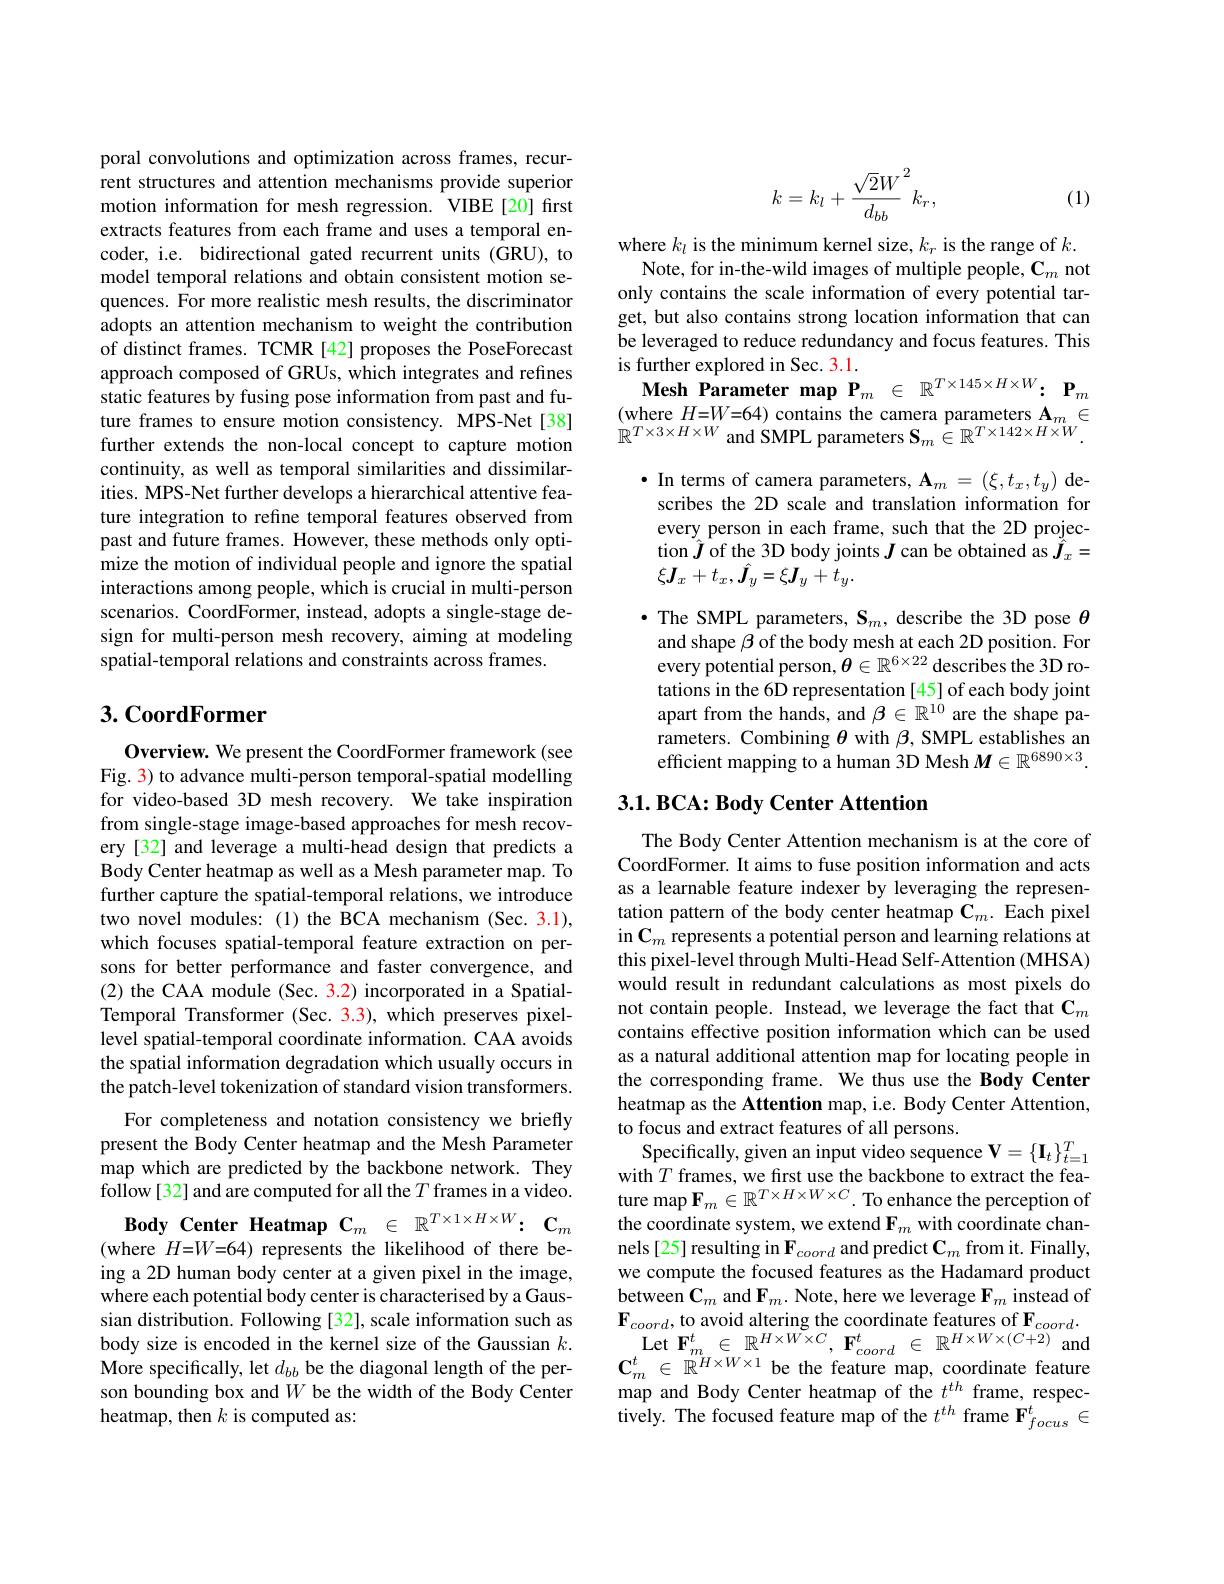
poral convolutions and optimization across frames, recurrent structures and attention mechanisms provide superior motion information for mesh regression. VIBE[20] first extracts features from each frame and uses a temporal encoder, i.e. bidirectional gated recurrent units (GRU), to model temporal relations and obtain consistent motion sequences. For more realistic mesh results, the discriminator adopts an attention mechanism to weight the contribution of distinct frames. TCMR [42] proposes the PoseForecast approach composed of GRUs, which integrates and refines static features by fusing pose information from past and future frames to ensure motion consistency. MPS-Net[38] further extends the non-local concept to capture motion continuity, as well as temporal similarities and dissimilarities. MPS-Net further develops a hierarchical attentive feature integration to refine temporal features observed from past and future frames. However, these methods only optimize the motion of individual people and ignore the spatial interactions among people, which is crucial in multi-person scenarios. CoordFormer, instead, adopts a single-stage design for multi-person mesh recovery, aiming at modeling spatial-temporal relations and constraints across frames.

## 3. CoordFormer

Overview. We present the CoordFormer framework (see Fig. 3) to advance multi-person temporal-spatial modelling for video-based 3D mesh recovery. We take inspiration from single-stage image-based approaches for mesh recovery [32] and leverage a multi-head design that predicts a Body Center heatmap as well as a Mesh parameter map. To further capture the spatial-temporal relations, we introduce two novel modules: (1) the BCA mechanism (Sec. 3.1), which focuses spatial-temporal feature extraction on persons for better performance and faster convergence, and (2) the CAA module (Sec. 3.2) incorporated in a SpatialTemporal Transformer (Sec. 3.3), which preserves pixellevel spatial-temporal coordinate information. CAA avoids the spatial information degradation which usually occurs in the patch-level tokenization of standard vision transformers.
For completeness and notation consistency we briefly present the Body Center heatmap and the Mesh Parameter map which are predicted by the backbone network. They follow[32] and are computed for all the $T$ frames in a video. $\textbf{Body Center Heatmap C}_{m}$ $\in$ $\mathbb{R} ^{T\times 1\times H\times W}\nobreak {: } $ $\mathbf{C} _{m}$ (where $H{=}W{=}64)$ represents the likelihood of there being a 2D human body center at a given pixel in the image, where each potential body center is characterised by a Gaussian distribution. Following [32], scale information such as body size is encoded in the kernel size of the Gaussian $k.$ More specifically, let $d_bb$ be the diagonal length of the person bounding box and $W$ be the width of the Body Center heatmap, then $k$ is computed as:
$$k=k_l+\frac{\sqrt{2}W}{d_{bb}}^2k_r,$$
(1)

where $k_l$ is the minimum kernel size, $k_r$ is the range of $k.$ Note, for in-the-wild images of multiple people, C$_m$ not
only contains the scale information of every potential target, but also contains strong location information that can be leveraged to reduce redundancy and focus features. This is further explored in Sec. 3.1.
Mesh Parameter map $\mathbf{P}_m\in\mathbb{R}^{T\times145\times H\times W}\colon\mathbf{P}_m$ (where $H=W=64)$ contains the camera parameters $\mathbf{A}_m\in$ $\mathbb{R}^{T\times3\times H\times W}$ and SMPL parameters $\mathbf{S}_m\in\mathbb{R}^T\times142\times H\times W$

$\bullet$ In terms of camera parameters, $\mathbf{A}_m=(\xi,t_x,t_y)$ describes the 2D scale and translation information for every person in each frame, such that the 2D projection $\hat{\boldsymbol{J}}$ of the 3D body joints $\boldsymbol J$ can be obtained as $\tilde{\boldsymbol{J}}_x=$ $\xi\boldsymbol{J}_{x}+t_{x},\hat{\boldsymbol{J}}_{y}=\xi\boldsymbol{J}_{y}+t_{y}.$
$\bullet$ The SMPL parameters, $\mathbf{S}_m$, describe the 3D pose $\theta$ and shape $\beta$ of the body mesh at each 2D position. For every potential person, $\boldsymbol{\theta}\in\mathbb{R}^{6\times22}$ describes the 3D rotations in the 6D representation [45] of each body joint apart from the hands, and $\beta\in\mathbb{R}^{10}$ are the shape parameters. Combining $\theta$ with $\beta$, SMPL establishes an efficient mapping to a human 3D Mesh $M\in\mathbb{R}^{6890\times3}.$

## $3. 1. \textbf{ BCA: Body Center Attention}$

The Body Center Attention mechanism is at the core of CoordFormer. It aims to fuse position information and acts as a learnable feature indexer by leveraging the representation pattern of the body center heatmap C$_m.$ Each pixel in $\mathbf{C}_m$ represents a potential person and learning relations at this pixel-level through Multi-Head Self-Attention (MHSA) would result in redundant calculations as most pixels do not contain people. Instead, we leverage the fact that $\mathbf{C}_m$ contains effective position information which can be used as a natural additional attention map for locating people in the corresponding frame. We thus use the Body Center heatmap as the Attention map, i.e. Body Center Attention, to focus and extract features of all persons.
Specifically, given an input video sequence $\mathbf{V} = \{ \mathbf{I} _{t}\} _{t= 1}^{T}$ $\begin{array}{l}\mathrm{with~}T\mathrm{~frames,~we~first~use~the~backbone~to~extract~the~fea-}\\\mathrm{ture~map~F}_{m}\in\mathbb{R}^{T\times H\times W\times C}.\text{ To enhance the perception of}\end{array}$ the coordinate system, we extend $\mathbf{F}_m$ with coordinate channels[25] resulting in $\mathbf{F}_{coord}$ and predict $\mathbf{C}_m$ from it. Finally, we compute the focused features as the Hadamard product between $\mathbf{C}_m$ and $\mathbf{F}_m.$ Note, here we leverage $\mathbf{F}_m$ instead of $\mathbf{F}_{coord}$,to avoid altering the coordinate features of $\mathbf{F}_{coord}.\\\mathrm{Let~F}_{m}^{t}\in\mathbb{R}^{H\times W\times C},\mathbf{F}_{coord}^{t}\in\mathbb{R}^{H\times W\times(C+2)}$and$\mathbf{C}_m^{t}\in\mathbb{R}^{H\times W\times1}$be the feature map, coordinate feature map and Body Center heatmap of the $t^{th}$ frame, respectively. The focused feature map of the $t^{th}$ frame F$_focus^t\in$